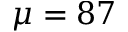
\mu = 8 7